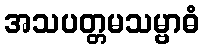
အသပတ္တမသမ္ဗာဓံ